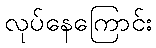
လုပ်နေကြောင်း